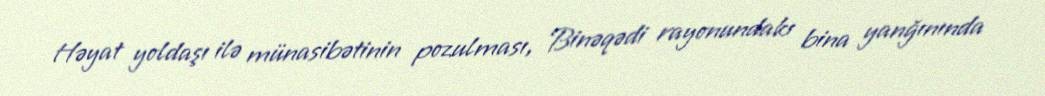
Həyat yoldaşı ilə münasibətinin pozulması, Binəqədi rayonundakı bina yanğınında